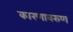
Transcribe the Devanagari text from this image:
कारणावरुण